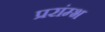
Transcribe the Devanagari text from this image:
प्ररांम्भ